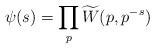
LaTeX: \begin{align*} \psi(s) = \prod_p \widetilde{W}(p,p^{-s}) \end{align*}